Report of the Imperial Institute of Veterinary Research, Muktesar
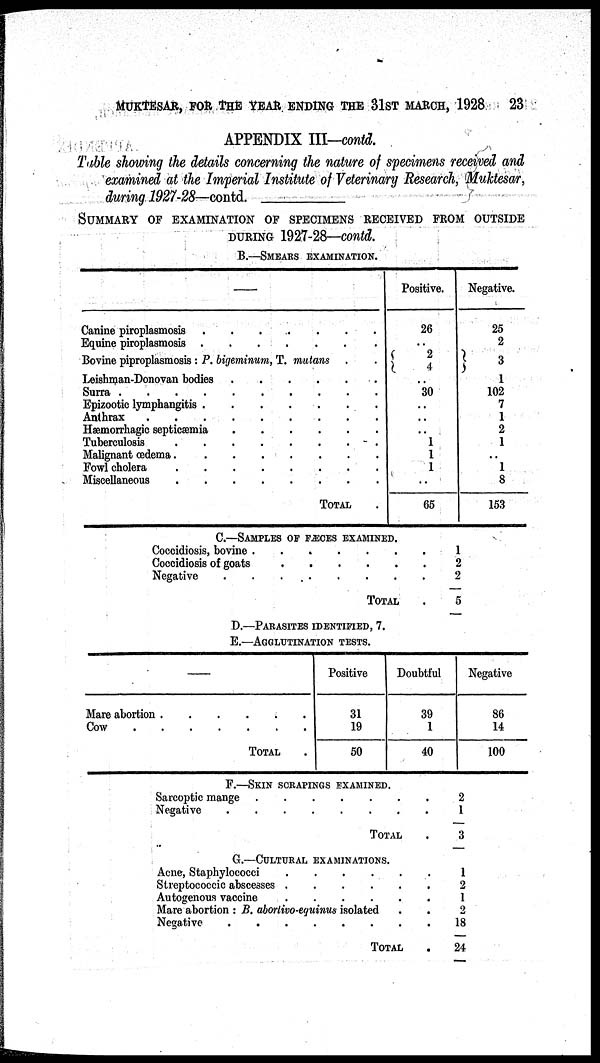
MUKTESAR, FOR THE YEAR ENDING THE 31ST MARCH, 1928
23
APPENDIX III—contd.
Table showing the details concerning the nature of specimens received and
examined at the Imperial Institute of Veterinary Research, Muktesar,
during 1927-28—contd.
SUMMARY OF EXAMINATION OF SPECIMENS RECEIVED FROM OUTSIDE
DURING 1927-28—contd.
B.—SMEARS EXAMINATION.
Canine piroplasmosis
Equine piroplasmosis
.
.
.
.
.
.
.
.
.
.
Bovine piproplasmosis : P. bigeminum, T. mutans
Leishman-Donovan bodies
Surra .
. .
.
Epizootic lymphangitis .
Anthrax .
.
.
Hæmorrhagic septicæmia
Tuberculosis .
Malignant œdema .
Fowl cholera
Miscellaneous
.
.
.
.
.
.
.
.
.
.
.
.
.
.
.
.
.
.
.
.
.
.
.
.
.
.
.
.
.
.
.
.
.
.
.
.
.
.
.
.
.
.
.
.
.
.
.
.
.
.
.
.
.
.
TOTAL
.
.
.
.
.
.
.
.
.
.
.
.
.
Positive.
26
..
{
2
4
..
30
..
..
..
1
1
1
..
65
Negative.
25
2
} 3
1
102
7
1
2
1
..
1
8
153
C.—SAMPLES OF FÆCES EXAMINED.
Coccidiosis, bovine
Coccidiosis of goats
Negative .
.
.
.
.
.
.
.
.
.
.
.
.
.
.
.
.
.
.
TOTAL
.
.
.
.
1
2
2
5
D.—PARASITES IDENTIFIED, 7.
E.—AGGLUTINATION TESTS.
—
Mare abortion
Cow .
.
.
.
.
.
.
.
.
.
.
TOTAL
.
.
.
Positive
31
19
50
Doubtful
39
1
40
Negative
86
14
100
F.—SKIN SCRAPINGS EXAMINED.
Sarcoptic mange
Negative
.
.
.
.
.
.
.
.
.
.
.
.
.
TOTAL
.
.
.
2
1
3
G.—CULTURAL
EXAMINATIONS.
Acne, Staphylococci
Streptococcic abscesses
Autogenous vaccine
.
.
.
.
.
.
.
.
.
.
.
.
Mare abortion : B. abortivo-eguinus isolated
Negative
. .
.
.
.
.
.
.
.
.
TOTAL
.
.
.
.
.
.
1
2
1
2
18
24